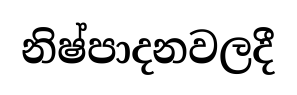
නිෂ්පාදනවලදී